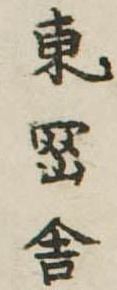
東岡舎